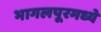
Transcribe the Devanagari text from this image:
भागलपूरमध्ये